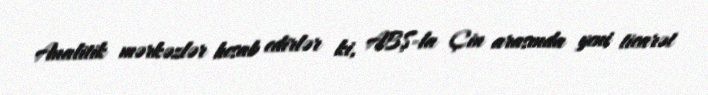
Analitik mərkəzlər hesab edirlər ki, ABŞ-la Çin arasında yeni ticarət